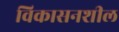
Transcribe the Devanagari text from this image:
विकासनशील